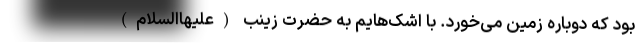
بود که دوباره زمین می‌خورد. با اشک‌هایم به حضرت زینب (علیهاالسلام)